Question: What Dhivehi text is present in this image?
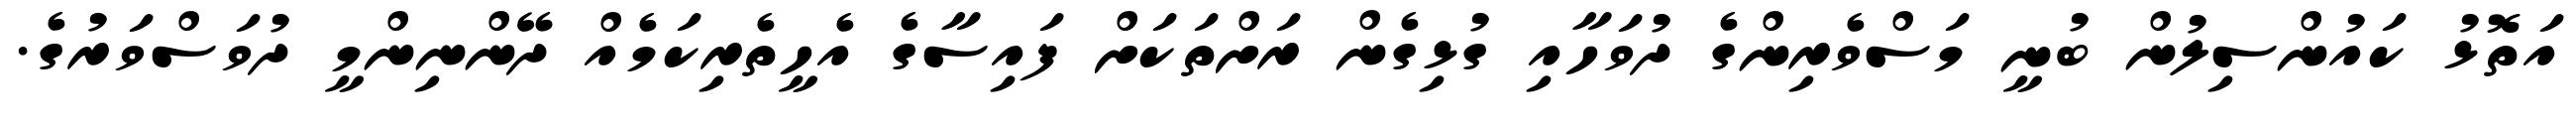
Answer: އަތޮޅު ކައުންސިލުން ބުނީ މަސްވެރިންގެ ދުވަހާއި ގުޅިގެން ރަށްތަކަށް ފައިސާގެ އެހީތެރިކަމެއް ދޭންނިންމީ ދުވަސްވަރުގެ.